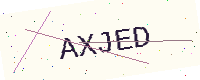
Text: AXJED